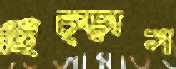
হিঁচ্‌ড়াস